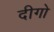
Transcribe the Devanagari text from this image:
दीगो